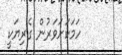
ހަމަކަށަވަރުން ގެރިޔަކީ